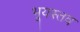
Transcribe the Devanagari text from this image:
भूयस्तव